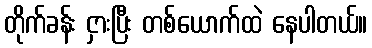
တိုက်ခန်း ငှားပြီး တစ်ယောက်ထဲ နေပါတယ်။